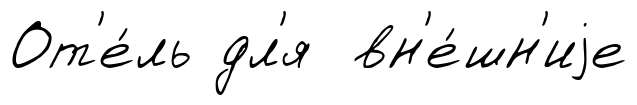
От'е́ль дл'я вн'е́шн'иjе